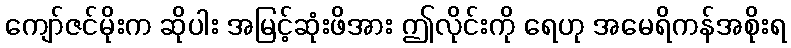
ကျော်ဇင်မိုးက ဆိုပါး အမြင့်ဆုံးဖိအား ဤလိုင်းကို ရေဟု အမေရိကန်အစိုးရ